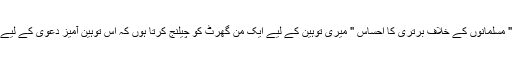
" میرا یہ کاروبار " مسلمانوں کے خلاف برتری کا احساس " میری توہین کے لیے ایک من گھرٹ کو چیلنج کرتا ہوں کہ اس توہین آمیز دعوی کے لیے ثبوت پیش کرئے۔